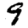
Digit: 9